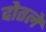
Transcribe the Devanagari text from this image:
दोतले